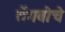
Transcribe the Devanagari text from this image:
तेंगबोचे